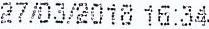
27/03/2018 16:34